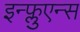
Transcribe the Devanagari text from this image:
इन्फ्लुएन्स